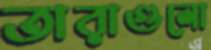
তারাগুলো